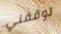
توقفني